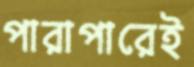
পারাপারেই